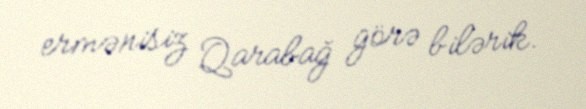
ermənisiz Qarabağ görə bilərik.